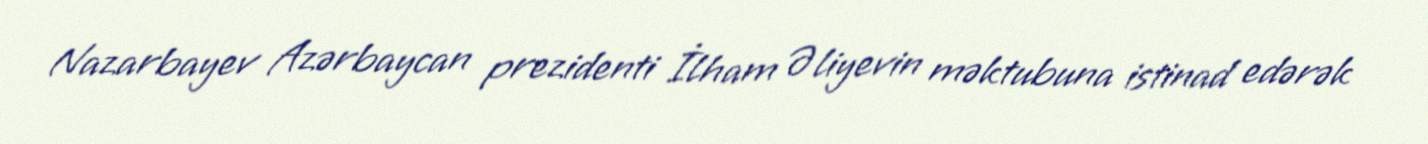
Nazarbayev Azərbaycan prezidenti İlham Əliyevin məktubuna istinad edərək